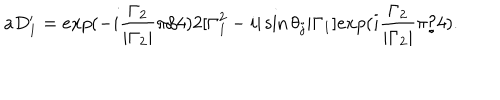
a D _ { 1 } ^ { \prime } = e x p ( - i \frac { { \Gamma } _ { 2 } } { | { \Gamma } _ { 2 } | } { \pi } / 4 ) 2 [ { \Gamma } _ { 1 } ^ { 2 } - i | \sin { \theta } _ { j } | { \Gamma } _ { 1 } ] e x p ( i \frac { { \Gamma } _ { 2 } } { | { \Gamma } _ { 2 } | } { \pi } / 4 ) .